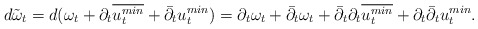
\begin{align*}d\tilde{\omega}_t= d(\omega_t+ \partial_t \overline{u_t ^{min}} + \bar\partial_t u_t ^{min})=\partial_t\omega_t+\bar\partial_t\omega_t+\bar\partial_t\partial_t \overline{u_t ^{min}}+\partial_t\bar\partial_t u_t ^{min}.\end{align*}